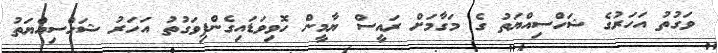
ވަގުތު އަހަރުގެ ޝަހްސިއްޔަތު ގެ މަގާމަށް ރައީސް ޔާމީން ހޮވިވަޑައިގެންފިވަގުތު އަހަރު ޝަހްސިއްޔަތު